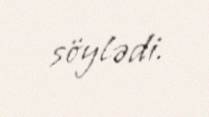
söylədi.